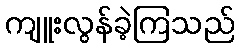
ကျူးလွန်ခဲ့ကြသည်